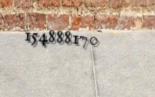
154888170